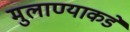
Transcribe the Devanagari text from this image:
मुलाण्याकडे